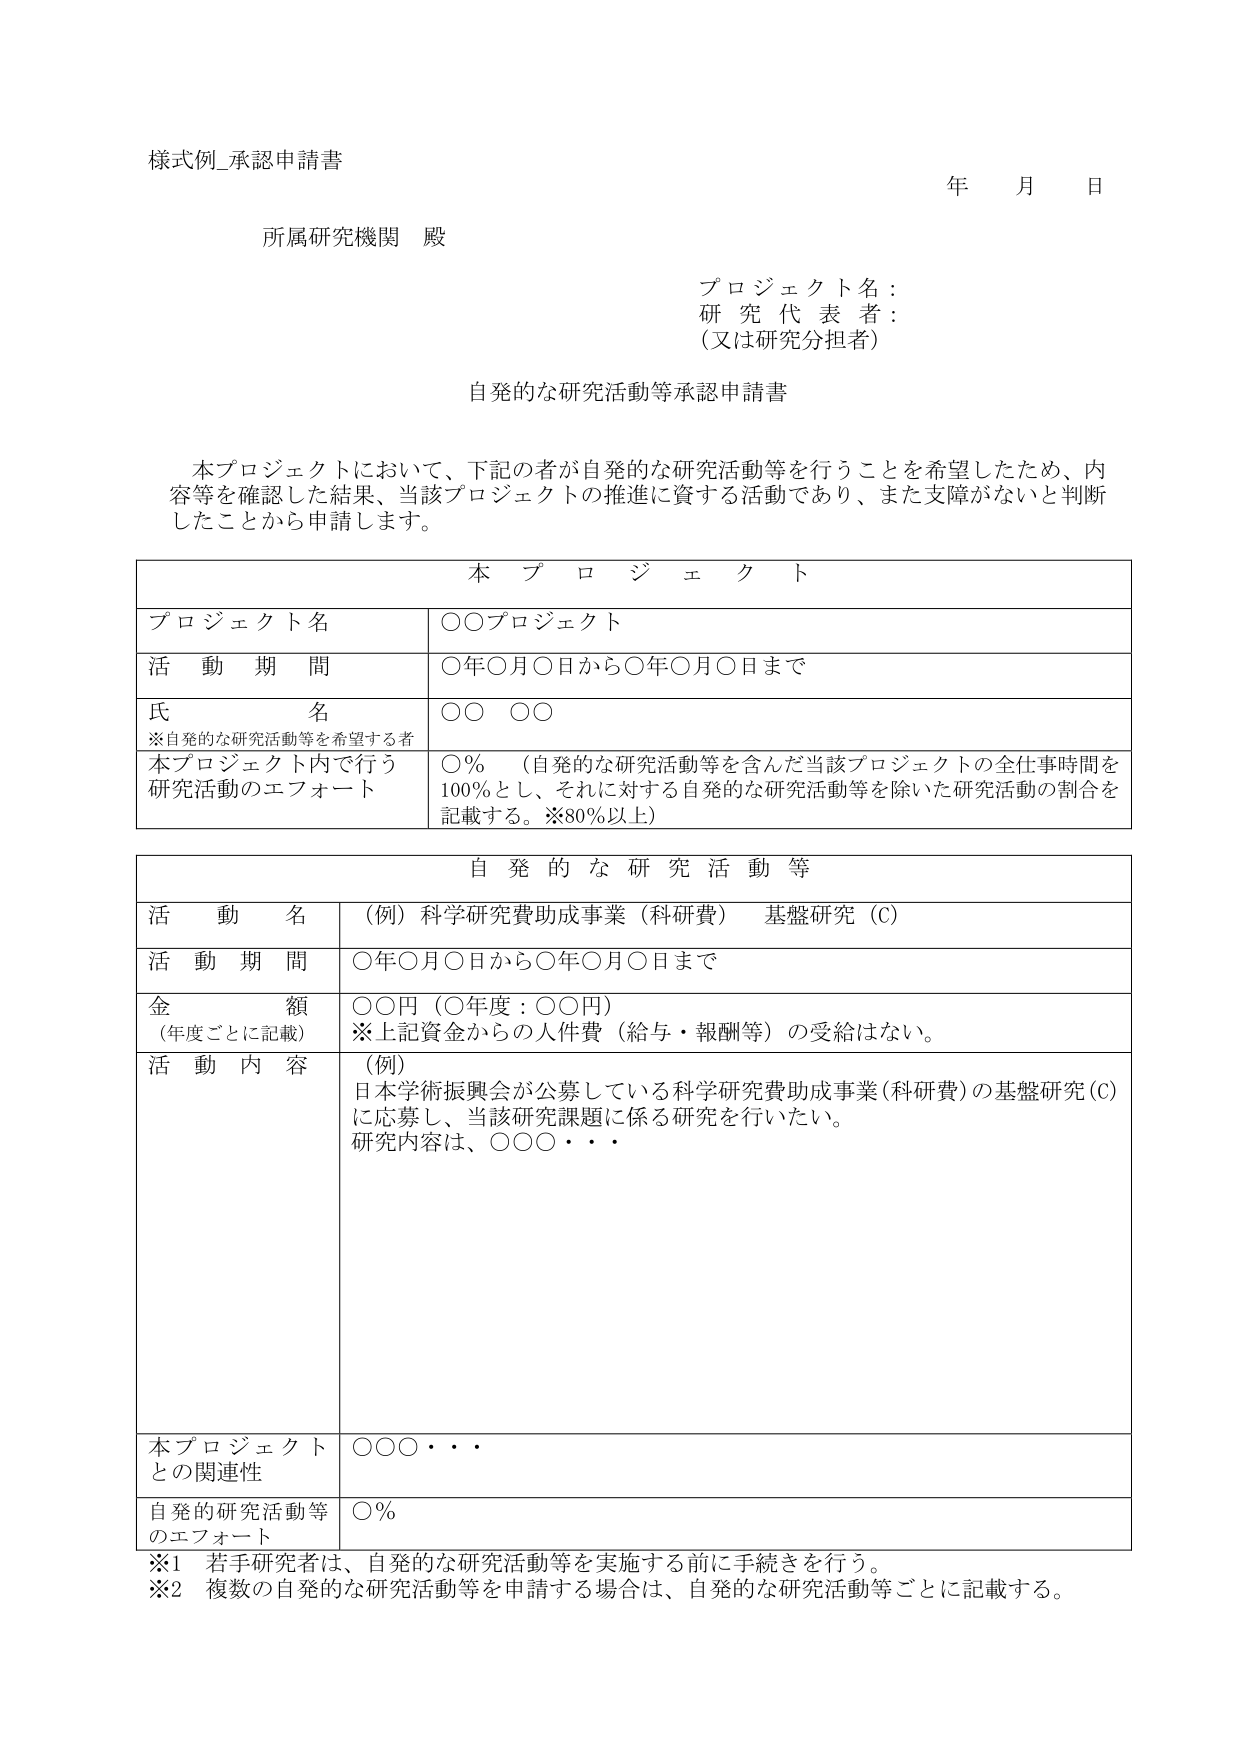
様式例_承認申請書

所属研究機関 殿

プロジェクト名：
研究代表者：
（又は研究分担者）

年 月 日

自発的な研究活動等承認申請書

本プロジェクトにおいて、下記の者が自発的な研究活動等を行うことを希望したため、内容等を確認した結果、当該プロジェクトの推進に資する活動であり、また支障がないと判断したことから申請します。

本プロジェクト

プロジェクト名　　　　　〇〇プロジェクト

活動期間　　　　　　　〇年〇月〇日から〇年〇月〇日まで

氏名　　　　　　　　　〇〇 〇〇
※自発的な研究活動等を希望する者

本プロジェクト内で行う研究活動のエフォート　〇％　（自発的な研究活動等を含んだ当該プロジェクトの全仕事時間を100％とし、それに対する自発的な研究活動等を除いた研究活動の割合を記載する。※80％以上）

自発的な研究活動等

活動名　　　　　　　（例）科学研究費助成事業（科研費）　基盤研究（C）

活動期間　　　　　　　〇年〇月〇日から〇年〇月〇日まで

金額
（年度ごとに記載）　　〇〇円（〇年度：〇〇円）
※上記資金からの人件費（給与・報酬等）の受給はない。

活動内容　　　　　　　（例）
日本学術振興会が公募している科学研究費助成事業（科研費）の基盤研究（C）に応募し、当該研究課題に係る研究を行いたい。
研究内容は、〇〇〇・・・

本プロジェクトとの関連性　　〇〇〇・・・

自発的研究活動等のエフォート　〇％

※1　若手研究者は、自発的な研究活動等を実施する前に手続きを行う。
※2　複数の自発的な研究活動等を申請する場合は、自発的な研究活動等ごとに記載する。